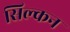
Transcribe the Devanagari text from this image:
सिल्कन